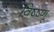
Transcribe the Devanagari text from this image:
विष्ष्णू